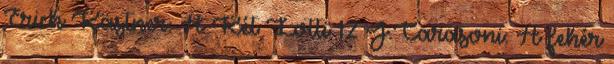
Erich Kästner: A Két Lotti 12 J.Carasoni: A fehér